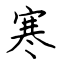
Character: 寒